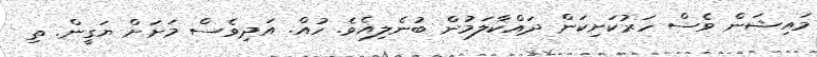
މައިޝަން ވެސް ހަރުކަށިކަން ދައްކާލަމުން ބުނެލިއެވެ. ހުއް. އަދިވެސް މަށަށް ޔަގީން. ތި